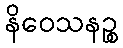
နိဝေသနဉ္စ